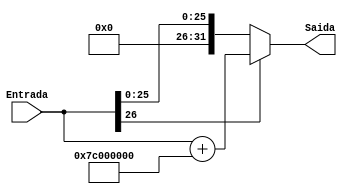
module ExtensorJump(Entrada, Saida);

	input [26:0] Entrada;
	output reg [31:0] Saida;
	
	always @(*) begin
		Saida = Entrada;
		if(Entrada[26] == 1)
			Saida = Saida + 32'b1111100000000000000000000000000;
	end
	
endmodule